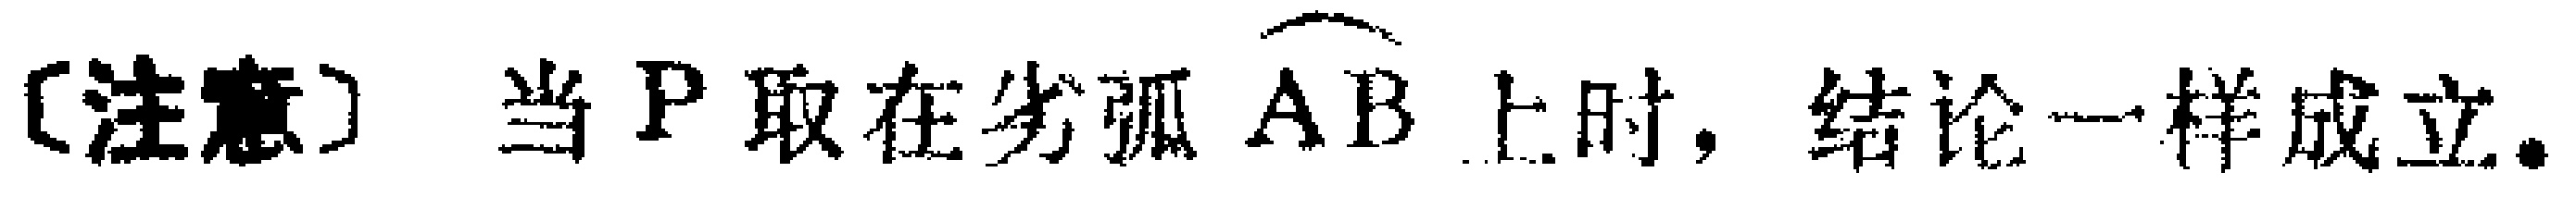
[注意] 当 \(P\) 取在劣弧 \(\overset{\frown}{AB}\) 上时，结论一样成立。